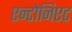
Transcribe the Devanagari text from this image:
एन्टोनिएट